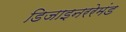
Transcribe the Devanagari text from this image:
डिजाइनररेमंड